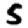
Digit: 5